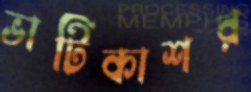
ভাটিকাশর